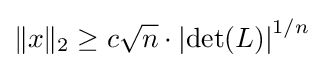
\|x\|_{2}\geq c{\sqrt {n}}\cdot \left|\det(L)\right|^{1/n}